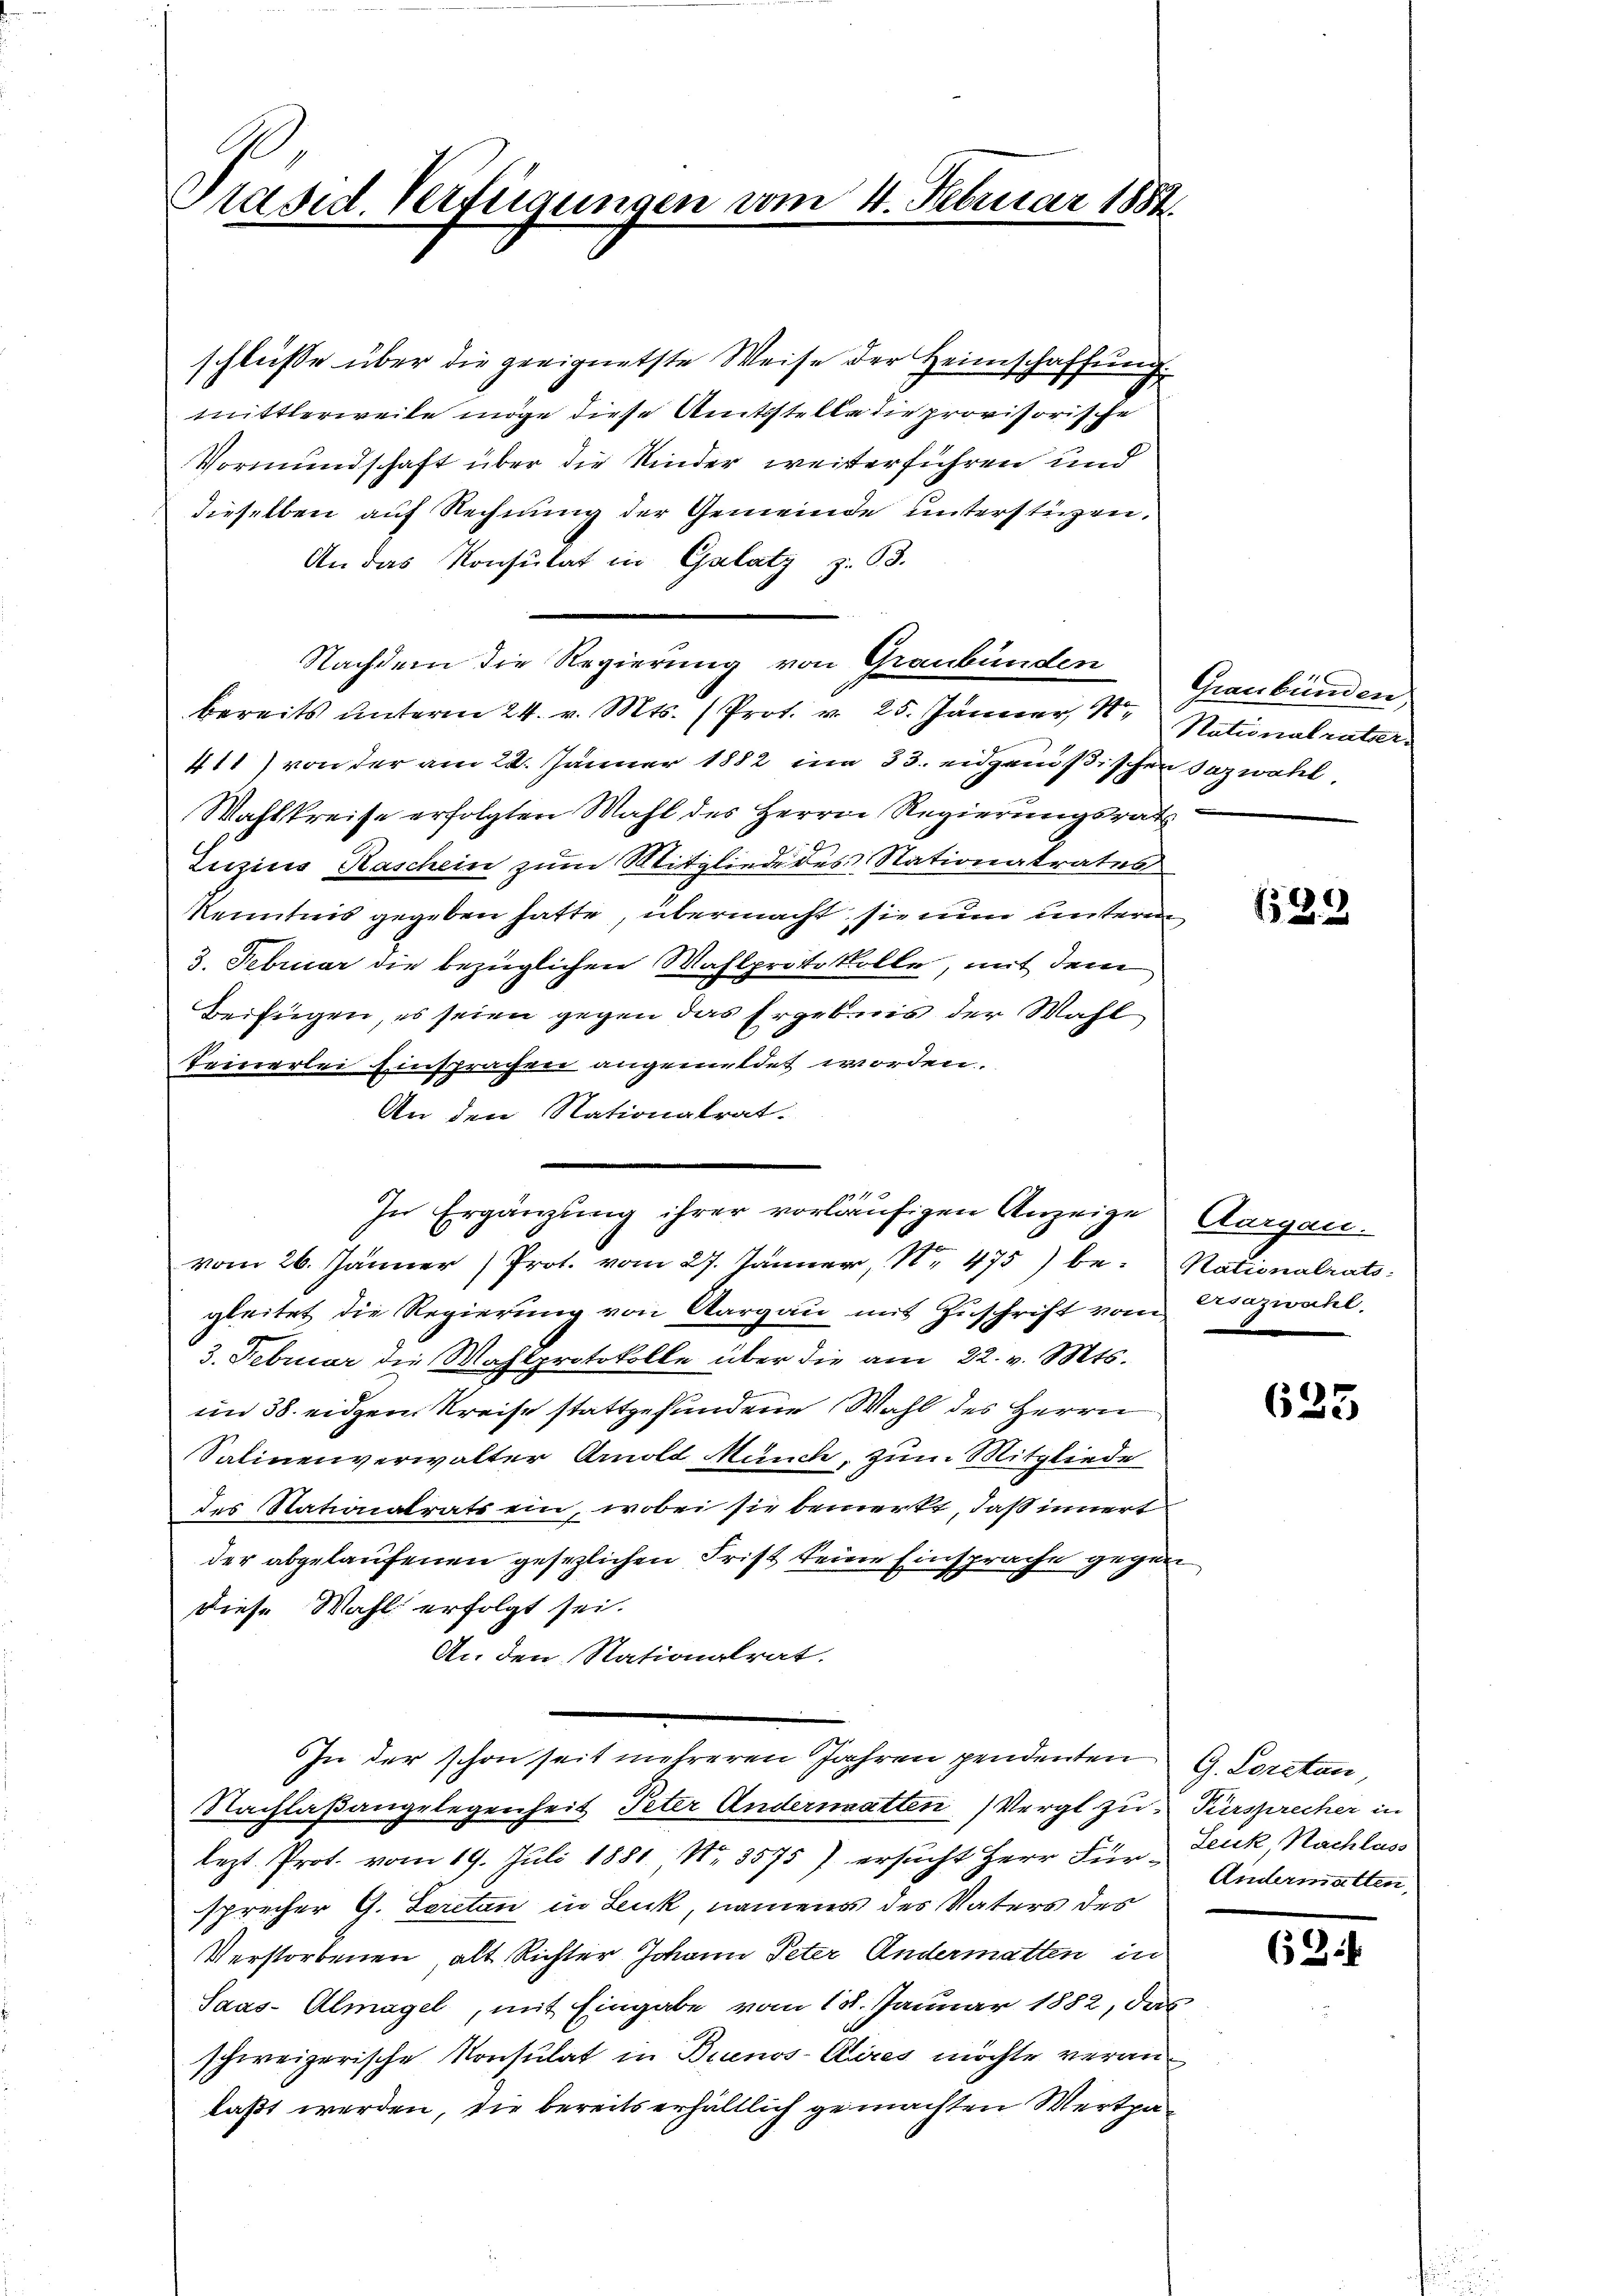
Präsid. Verfügungen vom 4. Februar 1880

schlüsse über die geeignetste Weise der Heimschaffung.
mittlerweile möge diese Amtsstelle die provisorische
Vormundschaft über die Kinder weiterführen und
dieselben auf Rechnung der Gemeinde unterstützen.
An das Konsulat in Galatz z. B.
Nachdem die Regierung von Graubünden
bereits unterm 24. v. Mts. (Prot. v. 25. Jänner, 1. Nationalratser¬
411) von der am 22. Jänner 1882 in 33. eidgenößischen Sazwahl
Wahlkreise erfolgten Wahl des Herrn Regierungsrath
Inzins Kaschein zum Mitgliede des Nationatrates
kenntnis gegeben hatte, übermacht sie nun unterm
3. Februar die bezüglichen Wahlprotokolle, mit dem
Beifügen, es seien gegen das Ergebnis der Wahl
feinerlei Einsprachen angemeldet worden.
An den Nationalrat.
gleitet die Regierung von Aargau mit Zuschrift vom Cazwahl.
3. Februar die Mahlprotokolle über die am 22. v. Mts.
im 38. eidgen. Kreise stattgefundene Wahl des Herrn
Salinenverwalter Arnold Münch, zum Mitgliede
des Stationalrats ein, wobei sie bemerkt, daß innert
der abgelaufenen gesezlichen Frist keine Einsprache gegen
diese Wahl erfolgt sei.
An den Nationalrat.
In der schon seit mehreren Jahren pendenten G. Loretan,
Nachlaßangelegenheit Peter Andernaatten (Vergl zu Fürsprecher in
lezt Prot. vom 19. Juli 1881 Nr. 3575) ersucht Herr Für Andermatten,
sprecher G. Loretan in Leuk, namens des Vaters des
Verstorbenen alt Richter Johann Peter Andermatten in
Saas-Almagel, mit Eingabe vom 18. Januar 1882, das
schweizerische Konsulat in Buenos-Aires möchte veranlaßt werden, die bereits erhältlich gemachten Wertpa¬

911
In Ergänzung ihrer vorläufigen Anzeige
vom 26. Jänner Prot. vom 27. Jänner, Nr. 475) be- Nationalrats

Graubünden,

(529

Aargau.

635

Leuk Nachlass

63